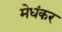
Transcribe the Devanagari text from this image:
मेधंकर